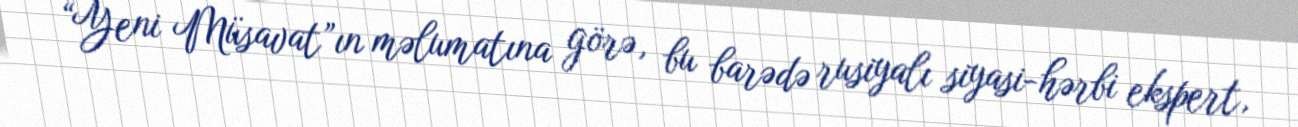
“Yeni Müsavat”ın məlumatına görə, bu barədə rusiyalı siyasi-hərbi ekspert,